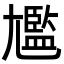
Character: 尷